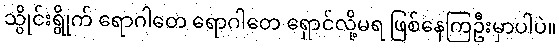
သွိုင်းရွိုက် ရောဂါတေ ရောဂါတေ ရှောင်လို့မရ ဖြစ်နေကြဦးမှာပါပဲ။